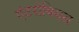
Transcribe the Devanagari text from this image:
एंटरोबियस